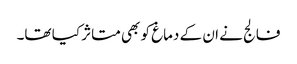
فالج نے ان کے دماغ کو بھی متاثر کیا تھا۔